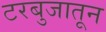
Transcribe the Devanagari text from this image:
टरबुजातून